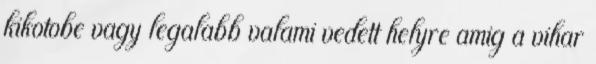
kikotobe vagy legalabb valami vedett helyre amig a vihar